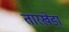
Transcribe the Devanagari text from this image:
तारखेडा